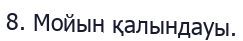
8. Мойын қалындауы.